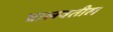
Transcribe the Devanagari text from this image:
घालवतील